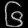
Digit: ၆